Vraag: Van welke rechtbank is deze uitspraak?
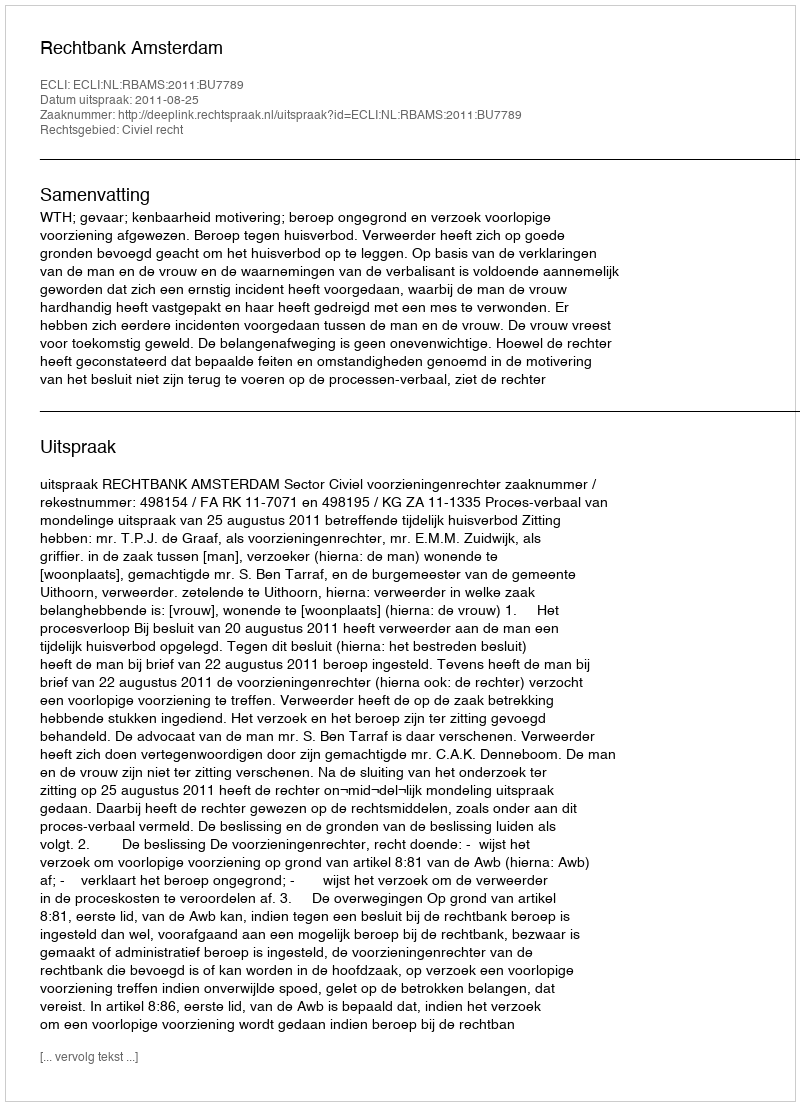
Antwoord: Rechtbank Amsterdam